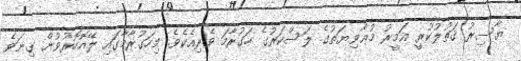
ޔާސިރު ޤަތުލުކުރީ އަމީރު މުޢާވިޔަތުގެ ލަސްކަރުގެ ހަގުރާމަ ވެރިއެކެވެ. މިހަގުރާމާގައި ލޭއޮހޮރުވުން ގިނަވެ